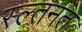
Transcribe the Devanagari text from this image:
स्ल्तनत